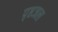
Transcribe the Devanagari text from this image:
पृष्ठजल